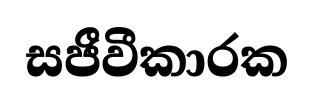
සජීවීකාරක